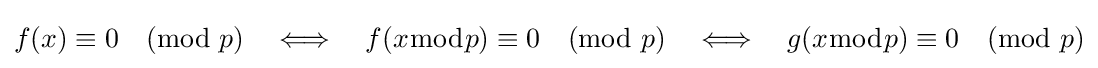
f(x)\equiv 0{\pmod {p}}\quad \Longleftrightarrow \quad f(x{\bmod {p}})\equiv 0{\pmod {p}}\quad \Longleftrightarrow \quad g(x{\bmod {p}})\equiv 0{\pmod {p}}